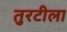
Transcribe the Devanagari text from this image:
तुरटीला